King Institute of Preventive Medicine Bacteriolog. Section reports 1907-08
Year: 1907
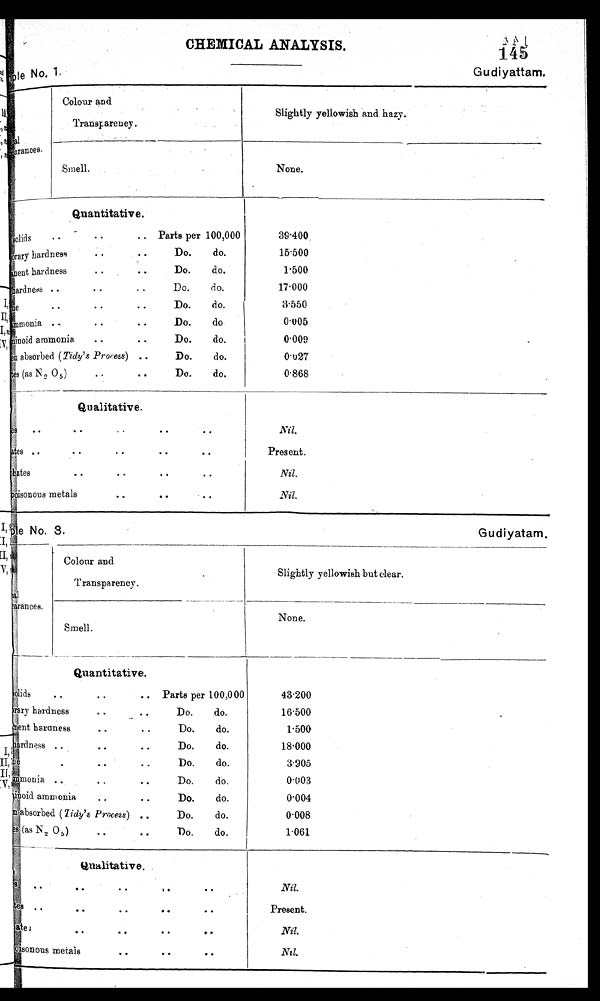
CHEMICAL ANALYSIS.
145
Sample No. 1. Gudiyattam.
I
arances.
Colour and
Transparency.
Slightly yellowish and hazy.
Smell.
None.
a
Quantitative.
..
. .
..
lids
orary hardness
nent hardness
A
hardness ..
ne
mmonia „
minoid ammonia
..
n absorbed (Tidy's Process) ..
as N 2 0 5)
..
Parts per 100,000
Do.
do.
Do.
do.
D
o
do
Do.
do,
Do.
do.
Do.
do
Do.
do.
Do.
do.
Do.
do.
39.400
15.500
1.500
17.000
3 . 5 5 0
0.005
0.009
0 . 0 2 7
0 . 8 6 8
Qualitative.
tes
hat es
p s
i onous metals
.
Nil.
Present.
Nil.
Nil.
Sample No.3 Gudiyatam.
a r a n c e s .
I
Colour and
Transparency.
Slightly yellowish but clear.
Smell.
None.
Quantitative.
solids
rary hardness
nent hardness
hardness
ne
mmonia
inoid ammonia
n absorbed (Tidy's Process) ..
s(asN2o5 )
Parts per 100,000
Do.
do.
Do.
do.
Do.
do.
Do.
do.
Do.
do.
Do. do.
Do.
do.
Do.
do.
43.200
16.500
1 . 5 0 0
18.000
3.905
0 . 0 0 3
0.004
0.008
1.061
Qualitative.
s
tes
ate
poisonous metals
Nil.
Present.
Nil.
N i l .